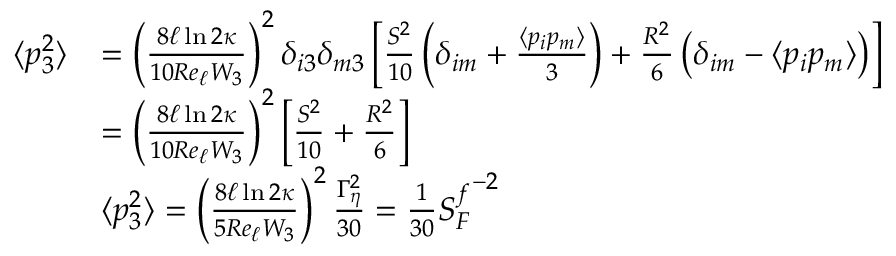
\begin{array} { r l } { \langle p _ { 3 } ^ { 2 } \rangle } & { = \left( \frac { 8 \ell \ln { 2 \kappa } } { 1 0 R e _ { \ell } W _ { 3 } } \right) ^ { 2 } \delta _ { i 3 } \delta _ { m 3 } \left[ \frac { S ^ { 2 } } { 1 0 } \left( \delta _ { i m } + \frac { \langle p _ { i } p _ { m } \rangle } { 3 } \right) + \frac { R ^ { 2 } } { 6 } \left( \delta _ { i m } - \langle p _ { i } p _ { m } \rangle \right) \right] } \\ & { = \left( \frac { 8 \ell \ln { 2 \kappa } } { 1 0 R e _ { \ell } W _ { 3 } } \right) ^ { 2 } \left[ \frac { S ^ { 2 } } { 1 0 } + \frac { R ^ { 2 } } { 6 } \right] } \\ & { \langle p _ { 3 } ^ { 2 } \rangle = \left( \frac { 8 \ell \ln { 2 \kappa } } { 5 R e _ { \ell } W _ { 3 } } \right) ^ { 2 } \frac { \Gamma _ { \eta } ^ { 2 } } { 3 0 } = \frac { 1 } { 3 0 } { S _ { F } ^ { f } } ^ { - 2 } } \end{array}